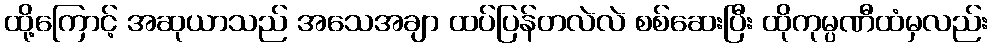
ထို့ကြောင့် အဆုယာသည် အသေအချာ ထပ်ပြန်တလဲလဲ စစ်ဆေးပြီး ထိုကုမ္ပဏီထံမှလည်း